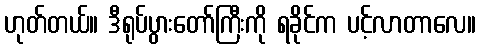
ဟုတ်တယ်။ ဒီရုပ်ပွားတော်ကြီးကို ရခိုင်က ပင့်လာတာလေ။